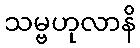
သမ္ဗဟုလာနိ